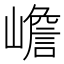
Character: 嶦